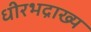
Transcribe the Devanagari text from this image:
धीरभद्राख्य